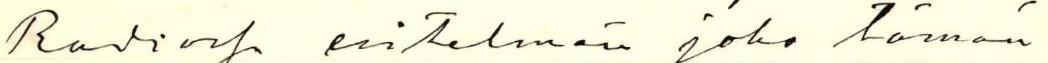
Radiossa esitelmän joko tämän